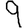
Digit: 9